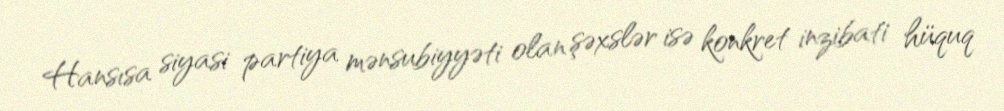
Hansısa siyasi partiya mənsubiyyəti olan şəxslər isə konkret inzibati hüquq